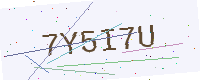
Text: 7Y5I7U